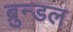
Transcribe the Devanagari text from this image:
ब्रुन्डल